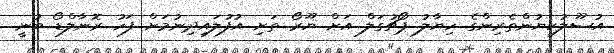
އުސޫލުކިޔުންތެރިންގެ ހިޔާލު ޕޯޗުގަލް އަށް ޔޫރޯ ތަށި އުފުލައިދިނުމަށް ފަހު ރޮނާލްޑޯ ބުނީ